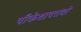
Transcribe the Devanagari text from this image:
यॉर्कशायराची